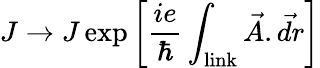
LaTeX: J\rightarrow J\exp\left[{\frac{ie}{\hbar}\int_{\mathrm{link}}\vec{A}.\vec{dr}}\right]